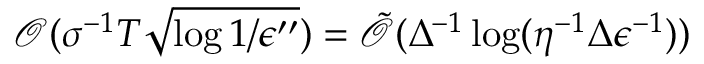
\mathcal { O } ( \sigma ^ { - 1 } T \sqrt { \log { 1 / \epsilon ^ { \prime \prime } } } ) = \tilde { \mathcal { O } } ( \Delta ^ { - 1 } \log ( \eta ^ { - 1 } \Delta \epsilon ^ { - 1 } ) )